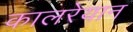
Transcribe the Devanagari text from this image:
कालरेयान